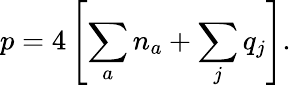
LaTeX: p=4\left[\sum_{a}n_{a}+\sum_{j}q_{j}\right].